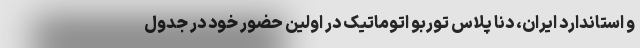
و استاندارد ایران، دنا پلاس توربو اتوماتیک در اولین حضور خود در جدول